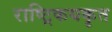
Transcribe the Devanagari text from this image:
राष्ट्रिकयकृत